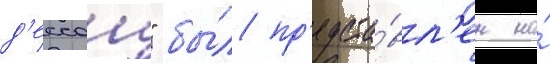
д'ессау" бы́л пр'едста́вл'ен на́